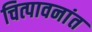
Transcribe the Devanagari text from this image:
चित्पावनांत